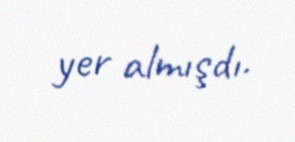
yer almışdı.